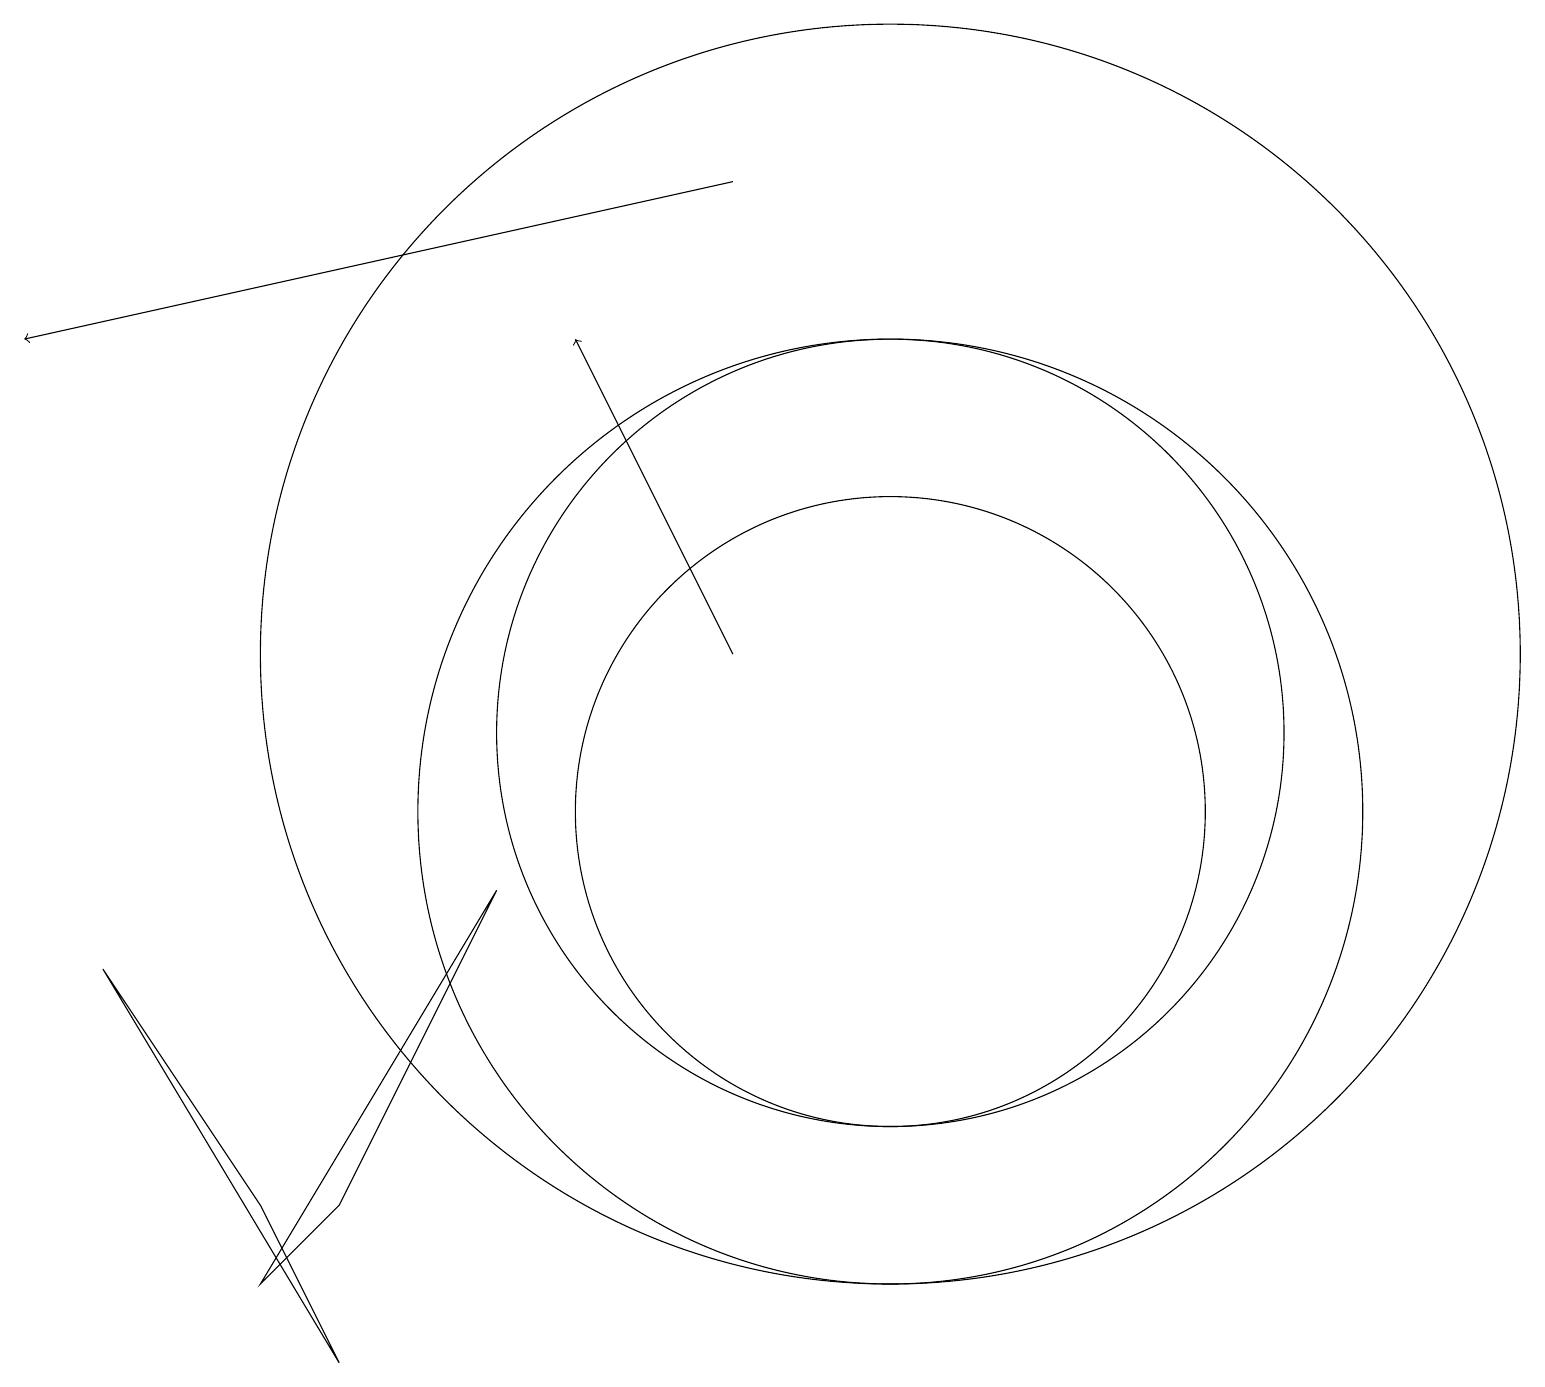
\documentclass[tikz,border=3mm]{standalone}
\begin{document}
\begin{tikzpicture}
\draw (11,10) circle (6);
\draw (3,4) -- (4,5) -- (6,9) -- cycle;
\draw[->] (9,12) -- (7,16);
\draw[->] (9,18) -- (0,16);
\draw (11,11) circle (5);
\draw (11,12) circle (8);
\draw (11,10) circle (4);
\draw (4,3) -- (1,8) -- (3,5) -- cycle;
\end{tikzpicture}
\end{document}